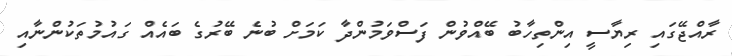
ރާއްޖޭގައި ރިޔާސީ އިންތިހާބު ބޭއްވުން ފަސްވަމުންދާ ކަމަށް ބުނެ ބޭރުގެ ބައެއް ގައުމުތަކުންނާއި